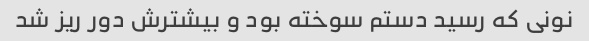
نونی که رسید دستم سوخته بود و بیشترش دور ریز شد